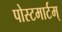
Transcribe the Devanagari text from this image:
पोस्टमार्टम्‌